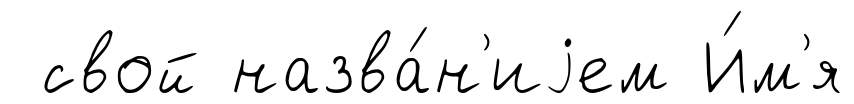
свой назва́н'иjем И́м'я